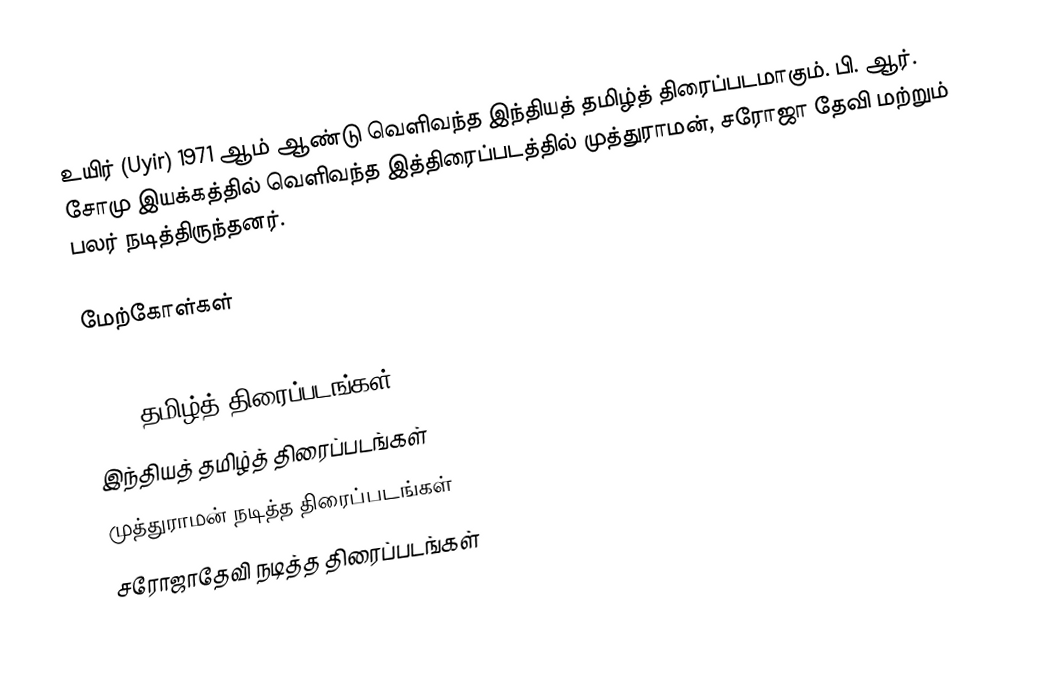
உயிர் (Uyir) 1971 ஆம் ஆண்டு  வெளிவந்த இந்தியத் தமிழ்த் திரைப்படமாகும். பி. ஆர். சோமு இயக்கத்தில் வெளிவந்த இத்திரைப்படத்தில் முத்துராமன், சரோஜா தேவி மற்றும் பலர் நடித்திருந்தனர்.

மேற்கோள்கள்

1971 தமிழ்த் திரைப்படங்கள்
இந்தியத் தமிழ்த் திரைப்படங்கள்
முத்துராமன் நடித்த திரைப்படங்கள்
சரோஜாதேவி நடித்த திரைப்படங்கள்